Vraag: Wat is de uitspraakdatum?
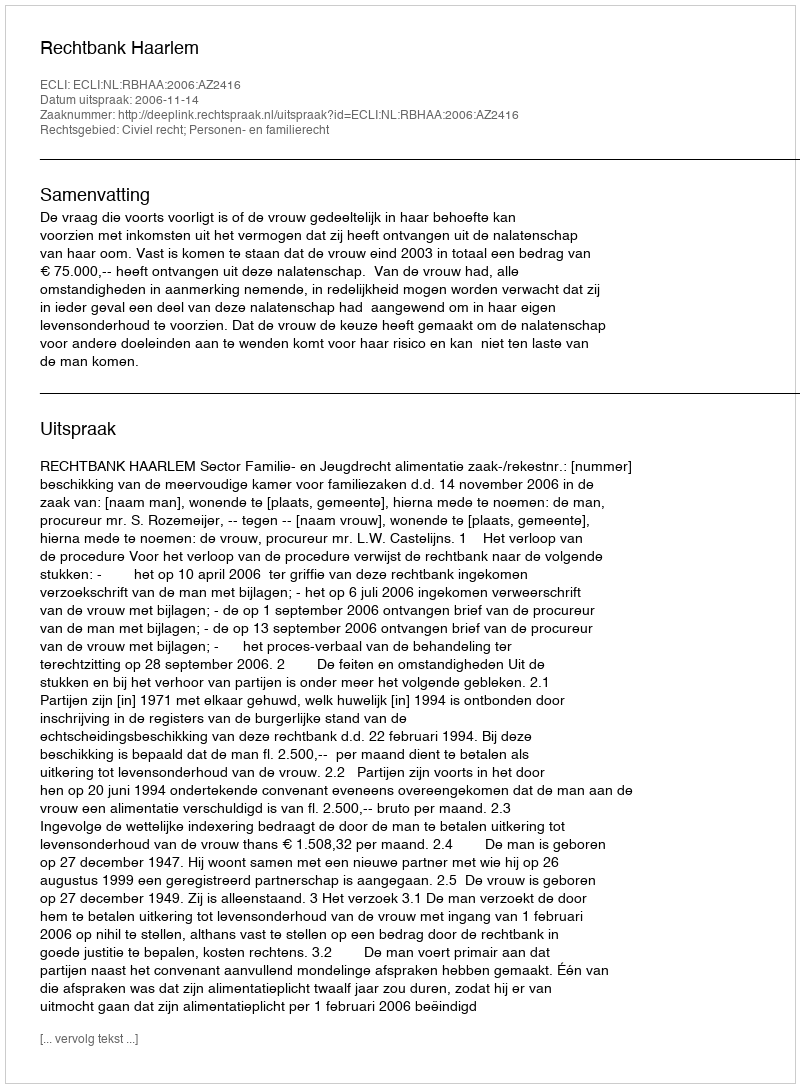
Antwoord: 2006-11-14